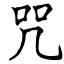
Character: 咒